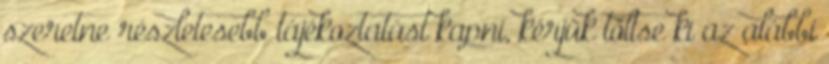
szeretne részletesebb tájékoztatást kapni, kérjük töltse ki az alábbi